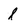
Character: l